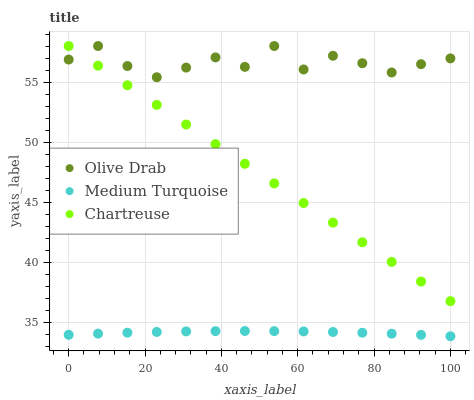
| xaxis_label | Olive Drab | Medium Turquoise | Chartreuse |
 | --- | --- | --- | --- |
 | 0 | 56.9 | 33.9 | 58 |
 | 7.69 | 58 | 34 | 56.4 |
 | 15.4 | 56.3 | 34.1 | 54.7 |
 | 23.1 | 55.4 | 34.2 | 53.1 |
 | 30.8 | 56.2 | 34.2 | 51.5 |
 | 38.5 | 57.1 | 34.2 | 49.8 |
 | 46.2 | 56.3 | 34.3 | 48.2 |
 | 53.8 | 58 | 34.2 | 46.6 |
 | 61.5 | 56 | 34.2 | 44.9 |
 | 69.2 | 57.2 | 34.2 | 43.3 |
 | 76.9 | 56.6 | 34.1 | 41.6 |
 | 84.6 | 55.8 | 34 | 40 |
 | 92.3 | 56.5 | 33.9 | 38.4 |
 | 100 | 57 | 33.8 | 36.7 |